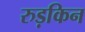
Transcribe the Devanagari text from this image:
रुड़किन